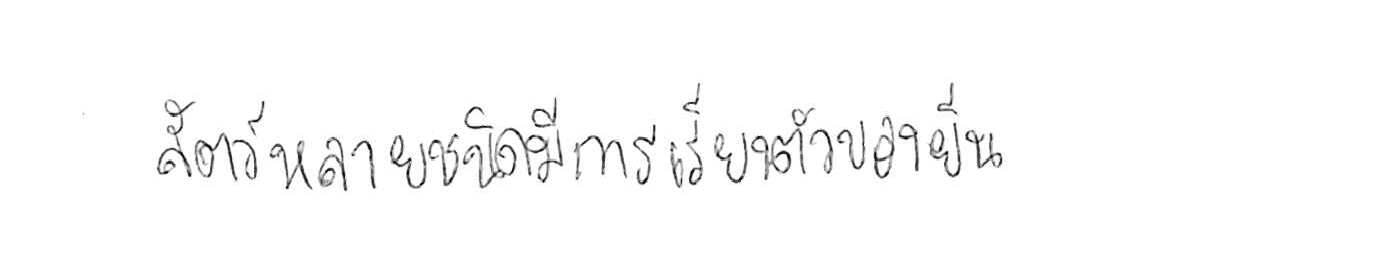
สัตว์หลายชนิดมีการเรียงตัวของยีน